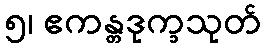
၅၊ ဧကန္တဒုက္ခသုတ်